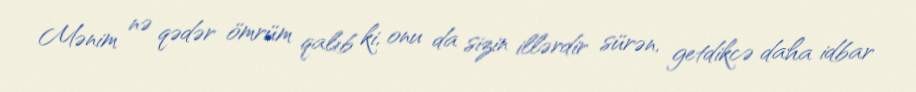
Mənim nə qədər ömrüm qalıb ki, onu da sizin illərdir sürən, getdikcə daha idbar